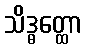
သိဒ္ဓတ္ထော